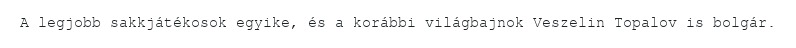
A legjobb sakkjátékosok egyike, és a korábbi világbajnok Veszelin Topalov is bolgár.